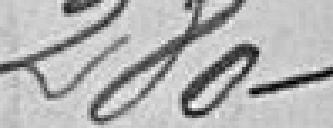
280